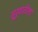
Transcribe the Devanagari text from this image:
सु्रुवातीला